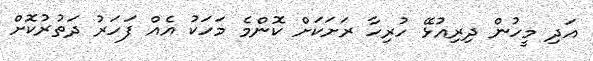
އަދި މީހުން ދިރިއުޅޭ ހުރިހާ ރަށަކަށް ކޮންމެ މަހަކު އެއް ފަހަރު ދަތުރުކޮށް